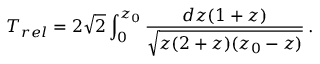
T _ { r e l } = 2 \sqrt { 2 } \int _ { 0 } ^ { z _ { 0 } } { \frac { d z ( 1 + z ) } { \sqrt { z ( 2 + z ) ( z _ { 0 } - z ) } } } \, .